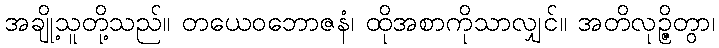
အချို့သူတို့သည်။ တယေဝဘောဇနံ၊ ထိုအစာကိုသာလျှင်။ အတိလုဉ္ဇိတွာ၊